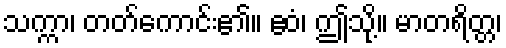
သက္ကာ၊ တတ်ကောင်း၏။ ဧဝံ၊ ဤသို့။ မာတရိတ္တ၊